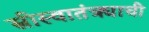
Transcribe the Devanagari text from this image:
स्त्रीस्वातंत्र्याची